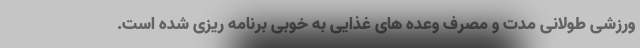
ورزشی طولانی مدت و مصرف وعده های غذایی به خوبی برنامه ریزی شده است.